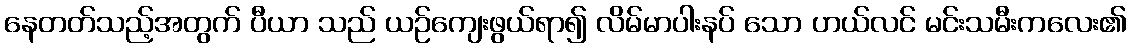
နေတတ်သည့်အတွက် ပီယာ သည် ယဉ်ကျေးဖွယ်ရာ၍ လိမ်မာပါးနပ် သော ဟယ်လင် မင်းသမီးကလေး၏